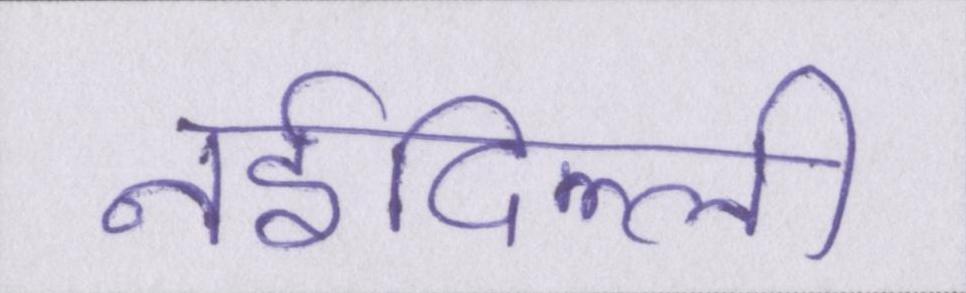
नईदिल्ली